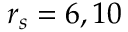
r _ { s } = 6 , 1 0